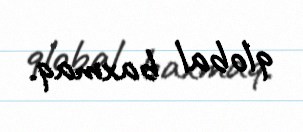
qlobal baxmaq.